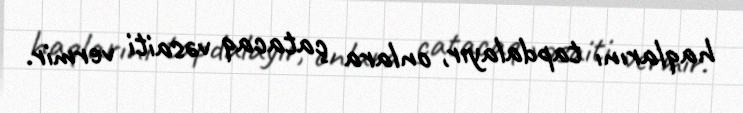
haqlarını tapdalayır, onlara çatacaq vəsaiti vermir.